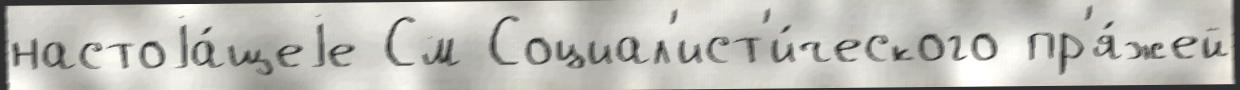
настоjа́щеjе См Социал'ист'и́ческого пр'я́жей